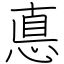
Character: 悳